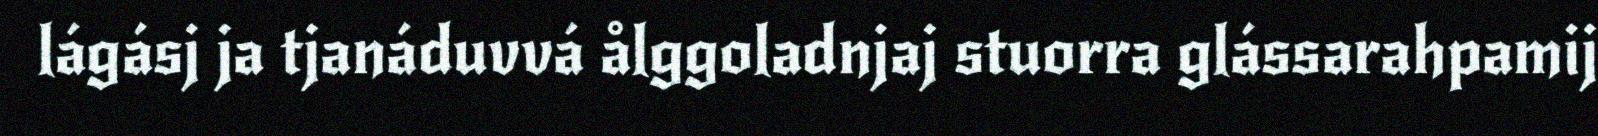
lágásj ja tjanáduvvá ålggoladnjaj stuorra glássarahpamij